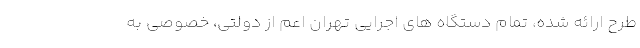
طرح ارائه شده، تمام دستگاه های اجرایی تهران اعم از دولتی، خصوصی به